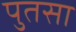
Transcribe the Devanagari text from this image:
पुतसा